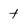
Character: t